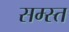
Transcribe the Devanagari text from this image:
सम्स्त